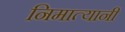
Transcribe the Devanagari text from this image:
निमात्यानी